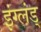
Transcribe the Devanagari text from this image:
इंग्लंड्